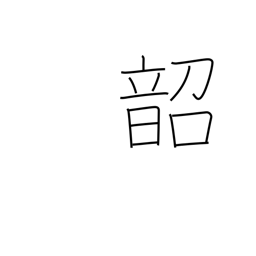
Meaning: emperor Shun's music